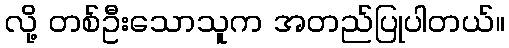
လို့ တစ်ဦးသောသူက အတည်ပြုပါတယ်။